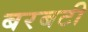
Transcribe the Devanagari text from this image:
बरबटी